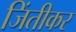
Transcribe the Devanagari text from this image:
जिंतीकर